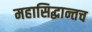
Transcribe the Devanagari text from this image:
महासिद्धान्तच